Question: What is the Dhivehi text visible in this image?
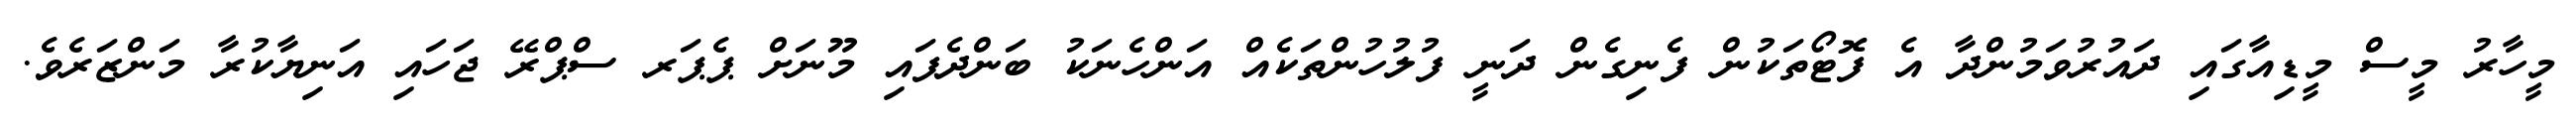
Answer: މީހާރު މީސް މީޑިއާގައި ދައުރުވަމުންދާ އެ ފޮޓޯތަކުން ފެނިގެން ދަނީ ފުލުހުންތަކެއް އަންހެނަކު ބަންދެފައި މޫނަށް ޕެޕަރ ސްޕްރޭ ޖަހައި އަނިޔާކުރާ މަންޒަރެވެ.